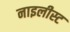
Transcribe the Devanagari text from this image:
नाइलीस्ट